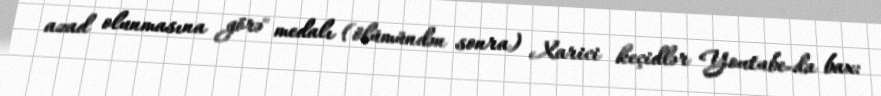
azad olunmasına görə" medalı (ölümündən sonra) Xarici keçidlər Youtube-da bax: